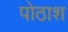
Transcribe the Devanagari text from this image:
पोठाश